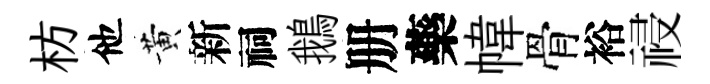
枋他黄新祠鵝册藥幃骨裕祲